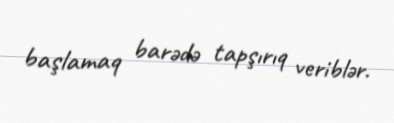
başlamaq barədə tapşırıq veriblər.